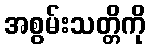
အစွမ်းသတ္တိကို